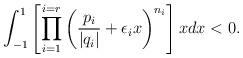
LaTeX: \begin{align*}\int_{-1}^{1}\left[\prod_{i=1}^{i=r}\left(\frac{p_{i}}{|q_{i}|}+\epsilon_{i}x\right)^{n_{i}}\right]xdx<0.\end{align*}